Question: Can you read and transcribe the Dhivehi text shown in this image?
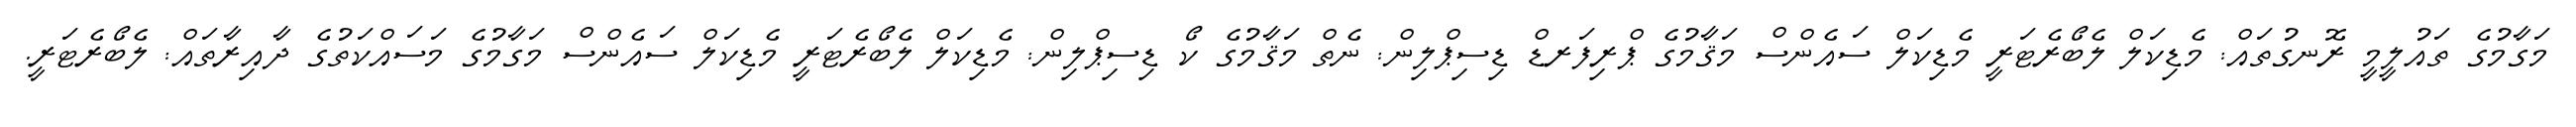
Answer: މަގާމުގެ ތައުލީމީ ރޮނގުތައް: މެޑިކަލް ލެބޯރެޓަރީ މެޑިކަލް ސައެންސް މަޤާމުގެ ޕްރިފަރޑް ޑިސިޕްލިން: ނެތް މަޤާމުގެ ކޯ ޑިސިޕްލިން: މެޑިކަލް ލެބޯރެޓަރީ މެޑިކަލް ސައެންސް މަގާމުގެ މަސައްކަތުގެ ދާއިރާތައް: ލެބޯރެޓަރީ.